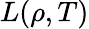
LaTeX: L(\rho,T)